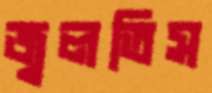
জ্বলতিস